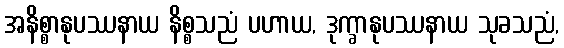
အနိစ္စာနုပဿနာယ နိစ္စသညံ ပဟာယ, ဒုက္ခာနုပဿနာယ သုခသညံ,